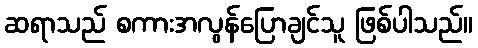
ဆရာသည် စကားအလွန်ပြောချင်သူ ဖြစ်ပါသည်။